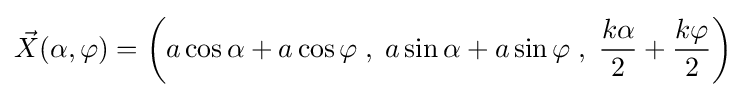
{\vec {X}}(\alpha ,\varphi )=\left(a\cos \alpha +a\cos \varphi \;,\;a\sin \alpha +a\sin \varphi \;,\;{\frac {k\alpha }{2}}+{\frac {k\varphi }{2}}\right)